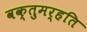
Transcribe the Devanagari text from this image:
वक्तुमर्हति